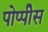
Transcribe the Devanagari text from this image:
पोप्पीेस